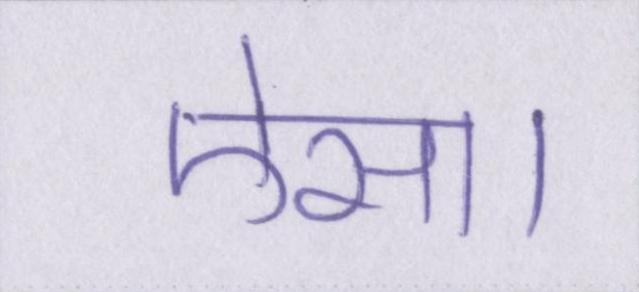
ऐसा।